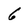
Character: 6